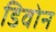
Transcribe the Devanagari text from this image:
डिवोन